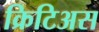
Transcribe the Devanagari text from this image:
क्रिटिअस